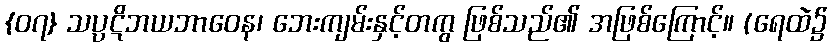
{၀၇} သပ္ပဋိဘယဘာဝေန၊ ဘေးကျမ်းနှင့်တကွ ဖြစ်သည်၏ အဖြစ်ကြောင့်။ (ရေထဲ၌